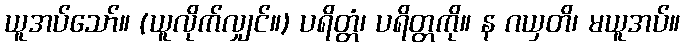
ယူအပ်သော်။ (ယူလိုက်လျှင်။) ပရိတ္တံ၊ ပရိတ္တကို။ န ဂယှတိ၊ မယူအပ်။